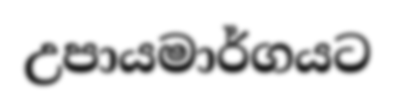
උපායමාර්ගයට